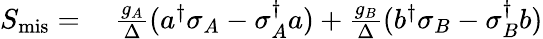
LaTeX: \begin{array}{rl}{S_{\mathrm{mis}}=}&{{}~\frac{g_{A}}{\Delta}(a^{\dagger}\sigma_{A}-\sigma_{A}^{\dagger}a)+\frac{g_{B}}{\Delta}(b^{\dagger}\sigma_{B}-\sigma_{B}^{\dagger}b)}\end{array}